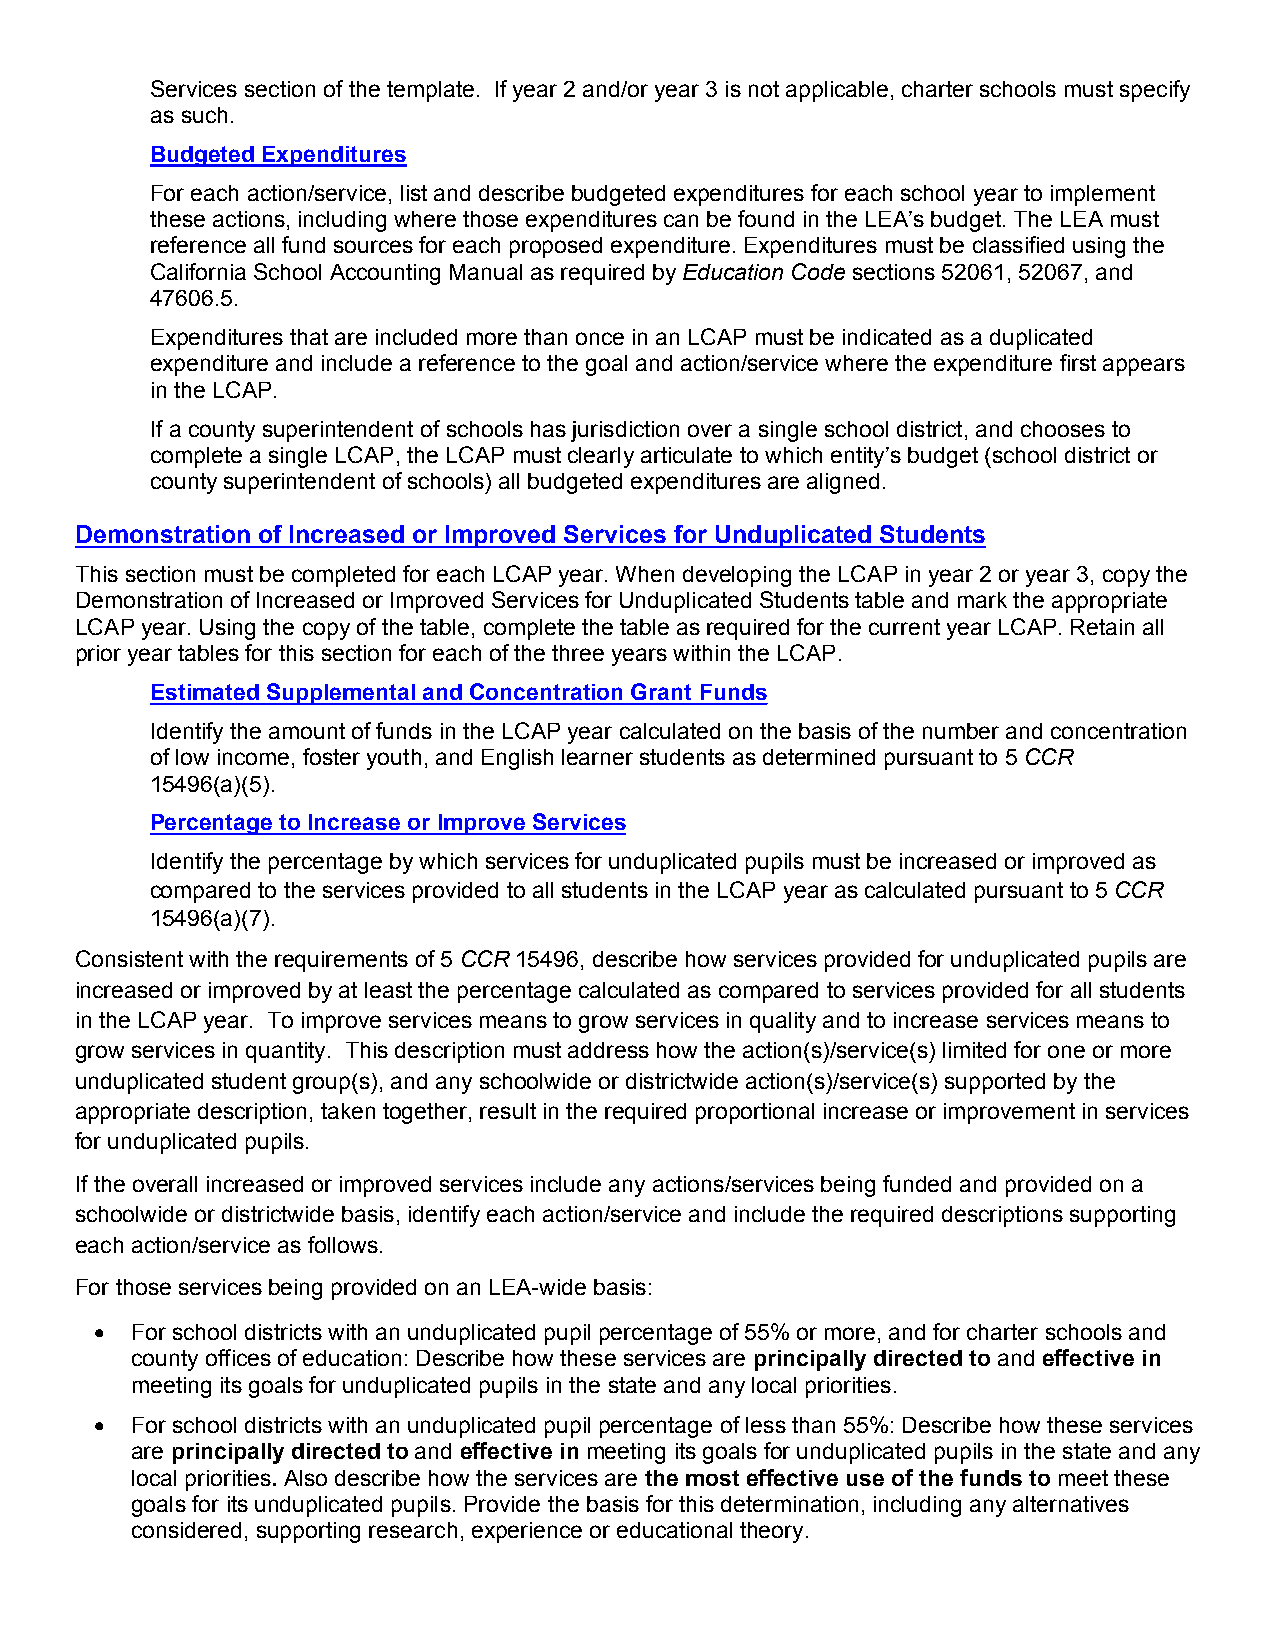
Services section of the template. If year 2 and/or year 3 is not applicable, charter schools must specify
 as such.
 Budgeted Expenditures
 For each action/service, list and describe budgeted expenditures for each school year to implement
 these actions, including where those expenditures can be found in the LEA’s budget. The LEA must
 reference all fund sources for each proposed expenditure. Expenditures must be classified using the
 California School Accounting Manual as required by Education Code sections 52061, 52067, and
 47606.5.
 Expenditures that are included more than once in an LCAP must be indicated as a duplicated
 expenditure and include a reference to the goal and action/service where the expenditure first appears
 in the LCAP.
 If a county superintendent of schools has jurisdiction over a single school district, and chooses to
 complete a single LCAP, the LCAP must clearly articulate to which entity’s budget (school district or
 county superintendent of schools) all budgeted expenditures are aligned.
 Demonstration of Increased or Improved Services for Unduplicated Students
 This section must be completed for each LCAP year. When developing the LCAP in year 2 or year 3, copy the
 Demonstration of Increased or Improved Services for Unduplicated Students table and mark the appropriate
 LCAP year. Using the copy of the table, complete the table as required for the current year LCAP. Retain all
 prior year tables for this section for each of the three years within the LCAP.
 Estimated Supplemental and Concentration Grant Funds
 Identify the amount of funds in the LCAP year calculated on the basis of the number and concentration
 of low income, foster youth, and English learner students as determined pursuant to 5 CCR
 15496(a)(5).
 Percentage to Increase or Improve Services
 Identify the percentage by which services for unduplicated pupils must be increased or improved as
 compared to the services provided to all students in the LCAP year as calculated pursuant to 5 CCR
 15496(a)(7).
 Consistent with the requirements of 5 CCR 15496, describe how services provided for unduplicated pupils are
 increased or improved by at least the percentage calculated as compared to services provided for all students
 in the LCAP year. To improve services means to grow services in quality and to increase services means to
 grow services in quantity. This description must address how the action(s)/service(s) limited for one or more
 unduplicated student group(s), and any schoolwide or districtwide action(s)/service(s) supported by the
 appropriate description, taken together, result in the required proportional increase or improvement in services
 for unduplicated pupils.
 If the overall increased or improved services include any actions/services being funded and provided on a
 schoolwide or districtwide basis, identify each action/service and include the required descriptions supporting
 each action/service as follows.
 For those services being provided on an LEA-wide basis:
   For school districts with an unduplicated pupil percentage of 55% or more, and for charter schools and
 county offices of education: Describe how these services are principally directed to and effective in
 meeting its goals for unduplicated pupils in the state and any local priorities.
   For school districts with an unduplicated pupil percentage of less than 55%: Describe how these services
 are principally directed to and effective in meeting its goals for unduplicated pupils in the state and any
 local priorities. Also describe how the services are the most effective use of the funds to meet these
 goals for its unduplicated pupils. Provide the basis for this determination, including any alternatives
 considered, supporting research, experience or educational theory.